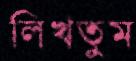
লিখতুম